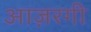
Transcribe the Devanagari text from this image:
आज़रगी